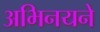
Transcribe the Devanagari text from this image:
अभिनयने